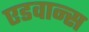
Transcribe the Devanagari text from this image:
एडवान्स